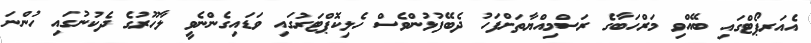
އެއަރޕޯޓްގައި ބޭއްވި މަރްހަބާގެ ރަސްމިއްޔާތަށްފަހު ދެބޭފުޅުންވެސް ހެލިކޮޕްޓަރުގައި ވަޑައިގެންނެވީ ލާހޫރުގެ ދެކުނުގައި ހުންނަ